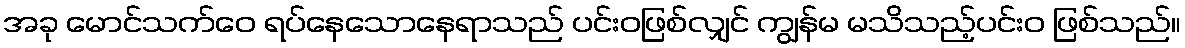
အခု မောင်သက်ဝေ ရပ်နေသောနေရာသည် ပင်းဝဖြစ်လျှင် ကျွန်မ မသိသည့်ပင်းဝ ဖြစ်သည်။